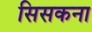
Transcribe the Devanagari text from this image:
सिसकना